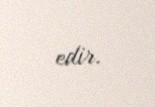
edir.